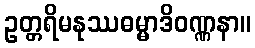
ဥတ္တရိမနုဿဓမ္မာဒိဝဏ္ဏနာ။